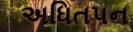
અધિતપન